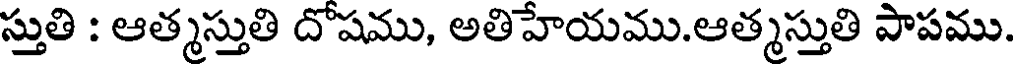
స్తుతి : ఆత్మస్తుతి దోషము, అతిహేయము.ఆత్మస్తుతి పాపము.